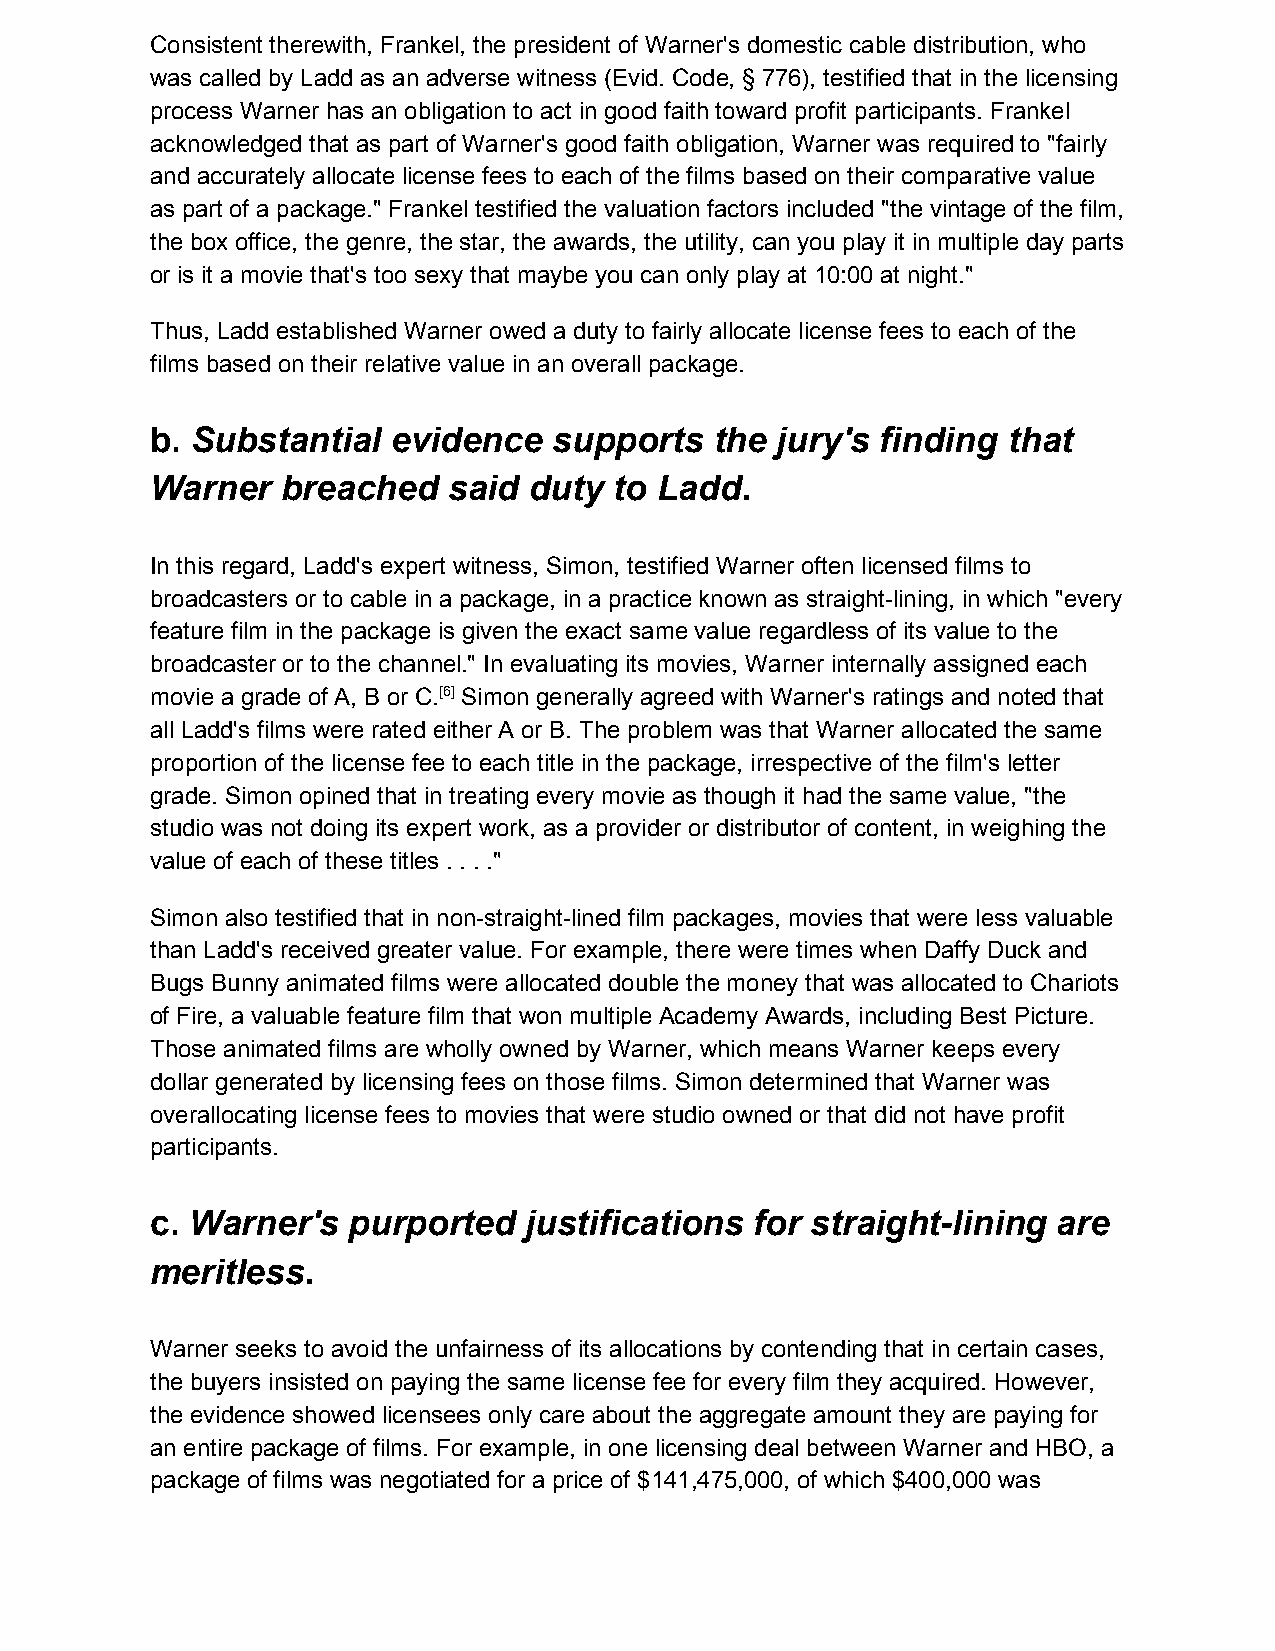
Consistent therewith, Frankel, the president of Warner's domestic cable distribution, who
 was called by Ladd as an adverse witness (Evid. Code, § 776), testified that in the licensing
 process Warner has an obligation to act in good faith toward profit participants. Frankel
 acknowledged that as part of Warner's good faith obligation, Warner was required to "fairly
 and accurately allocate license fees to each of the films based on their comparative value
 as part of a package." Frankel testified the valuation factors included "the vintage of the film,
 the box office, the genre, the star, the awards, the utility, can you play it in multiple day parts
 or is it a movie that's too sexy that maybe you can only play at 10:00 at night."
 Thus, Ladd established Warner owed a duty to fairly allocate license fees to each of the
 films based on their relative value in an overall package.
 b. Substantial  evidence   supports  the jury's finding  that
 ​
 Warner   breached   said duty  to Ladd.
 In this regard, Ladd's expert witness, Simon, testified Warner often licensed films to
 broadcasters or to cable in a package, in a practice known as straight-lining, in which "every
 feature film in the package is given the exact same value regardless of its value to the
 broadcaster or to the channel." In evaluating its movies, Warner internally assigned each
 movie a grade of A, B or C.[6] ​ Simon generally agreed with Warner's ratings and noted that
 ​
 all Ladd's films were rated either A or B. The problem was that Warner allocated the same
 proportion of the license fee to each title in the package, irrespective of the film's letter
 grade. Simon opined that in treating every movie as though it had the same value, "the
 studio was not doing its expert work, as a provider or distributor of content, in weighing the
 value of each of these titles . . . ."
 Simon also testified that in non-straight-lined film packages, movies that were less valuable
 than Ladd's received greater value. For example, there were times when Daffy Duck and
 Bugs Bunny animated films were allocated double the money that was allocated to Chariots
 of Fire, a valuable feature film that won multiple Academy Awards, including Best Picture.
 Those animated films are wholly owned by Warner, which means Warner keeps every
 dollar generated by licensing fees on those films. Simon determined that Warner was
 overallocating license fees to movies that were studio owned or that did not have profit
 participants.
 c. Warner's  purported   justifications for straight-lining are
 ​
 meritless.
 Warner seeks to avoid the unfairness of its allocations by contending that in certain cases,
 the buyers insisted on paying the same license fee for every film they acquired. However,
 the evidence showed licensees only care about the aggregate amount they are paying for
 an entire package of films. For example, in one licensing deal between Warner and HBO, a
 package of films was negotiated for a price of $141,475,000, of which $400,000 was